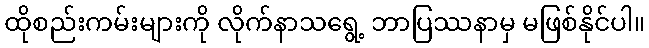
ထိုစည်းကမ်းများကို လိုက်နာသရွေ့ ဘာပြဿနာမှ မဖြစ်နိုင်ပါ။